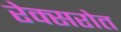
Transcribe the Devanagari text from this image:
रेक्सरोत